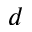
d